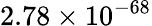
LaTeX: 2.78\times 10^{-68}